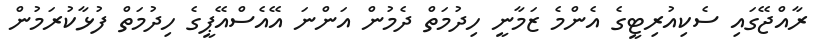
ރާއްޖޭގައި ސެކިއުރިޓީގެ އެންމެ ޒަމާނީ ހިދުމަތް ދެމުން އަންނަ އޭއެސްއޭޕީގެ ހިދުމަތް ފުޅާކުރަމުން